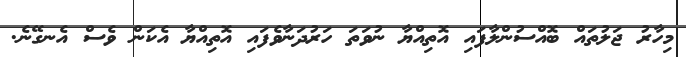
މިހާރު ޖަލުތައް ބޮއްސުންލާފައި އޮތިއްޔާ ނުވަތަ ހަރުދަނާވެފައި އޮތިއްޔާ އެކަން ވެސް އެނގޭނެ.